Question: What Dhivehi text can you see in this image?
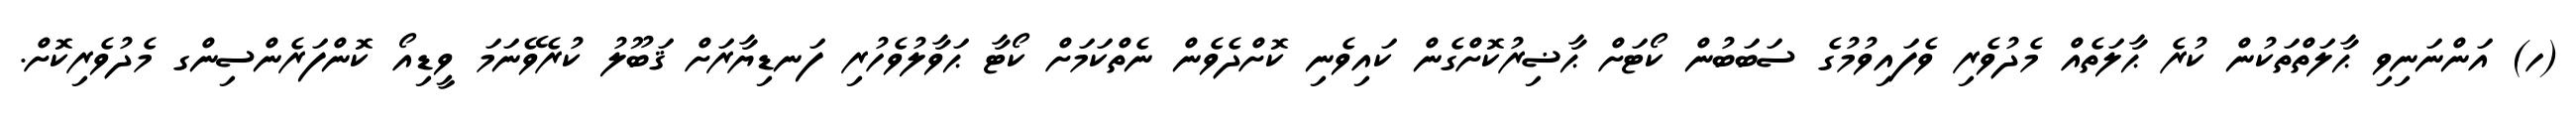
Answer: (ހ) އަންނަނިވި ޙާލަތްތަކުން ކުރެ ޙާލަތެއް މެދުވެރި ވެފައިވުމުގެ ސަބަބުން ކޯޓަށް ޙާޟިރުކޮށްގެން ކައިވެނި ކޮށްދެވެން ނެތްކަމަށް ކޯޓާ ޙަވާލުވެހުރި ފަނޑިޔާރަށް ޤަބޫލު ކުރެވޭނަމަ ވީޑިއޯ ކޮންފަރެންސިންގ މެދުވެރިކޮށް.